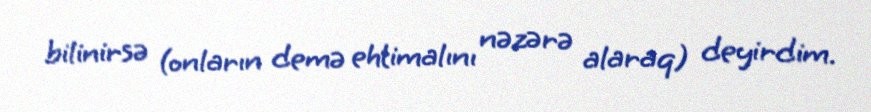
bilinirsə (onların demə ehtimalını nəzərə alaraq) deyirdim.